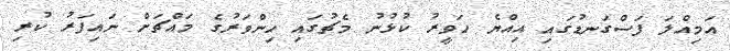
އަމިއްލަ ފަސްގަނޑުގައި އިއްޔެ ހަވީރު ކުޅުނު މެޗުގައި ހިންވަރުގެ މައްޗަށް ނައިފަރު ކުރި